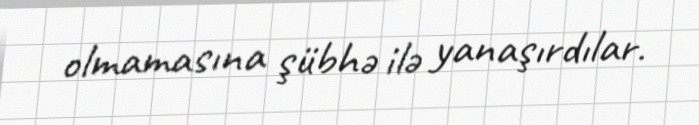
olmamasına şübhə ilə yanaşırdılar.